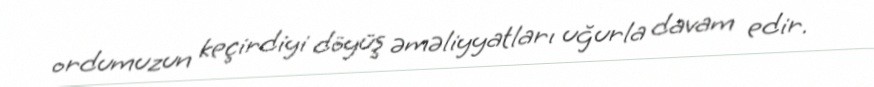
ordumuzun keçirdiyi döyüş əməliyyatları uğurla davam edir.